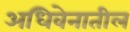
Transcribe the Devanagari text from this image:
अधिवेनातील